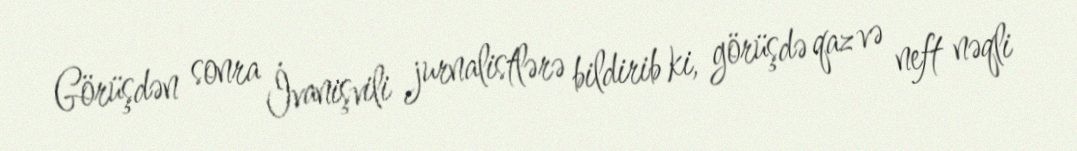
Görüşdən sonra İvanişvili jurnalistlərə bildirib ki, görüşdə qaz və neft nəqli